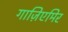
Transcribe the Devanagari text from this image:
गाज़िएमिर